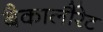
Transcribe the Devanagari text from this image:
बैकालौरेट